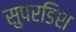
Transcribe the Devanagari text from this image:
सुपरडिश